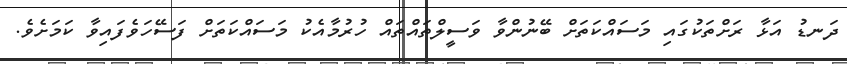
ދަނޑު އަޅާ ރަށްތަކުގައި މަސައްކަތަށް ބޭނުންވާ ވަސީލްތައްތައް ހުރުމާއެކު މަސައްކަތަށް ފަސޭހަވެފައިވާ ކަމަށެވެ.